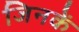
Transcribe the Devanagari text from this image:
जिनकें